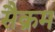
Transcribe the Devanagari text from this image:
सैक्रम